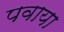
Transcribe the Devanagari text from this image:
पवाया